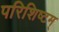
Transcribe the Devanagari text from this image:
परिशिष्टम्